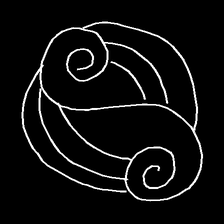
Glyph: wind-underfoot